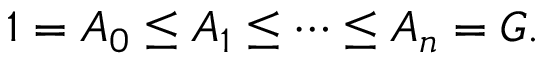
1 = A _ { 0 } \leq A _ { 1 } \leq \cdots \leq A _ { n } = G .